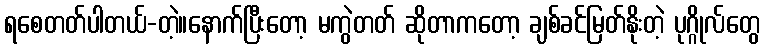
ရစေတတ်ပါတယ်-တဲ့။နောက်ပြီးတော့ မကွဲတတ် ဆိုတာကတော့ ချစ်ခင်မြတ်နိုးတဲ့ ပုဂ္ဂိုလ်တွေ